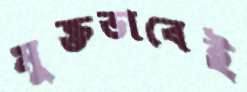
মুক্তভাবেই